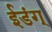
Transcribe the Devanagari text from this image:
ईडंग्